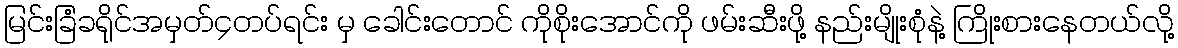
မြင်းခြံခရိုင်အမှတ်၄တပ်ရင်း မှ ခေါင်းတောင် ကိုစိုးအောင်ကို ဖမ်းဆီးဖို့ နည်းမျိုးစုံနဲ့ ကြိုးစားနေတယ်လို့